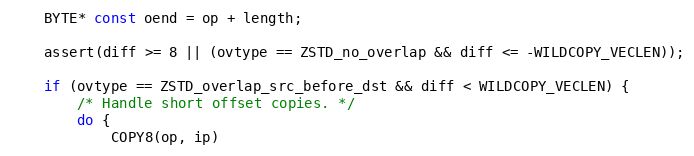
Language: C
    BYTE* const oend = op + length;

    assert(diff >= 8 || (ovtype == ZSTD_no_overlap && diff <= -WILDCOPY_VECLEN));

    if (ovtype == ZSTD_overlap_src_before_dst && diff < WILDCOPY_VECLEN) {
        /* Handle short offset copies. */
        do {
            COPY8(op, ip)